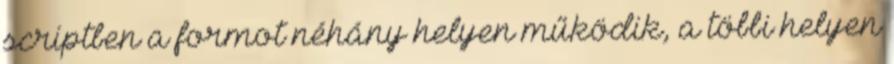
scriptben a formot néhány helyen működik, a többi helyen